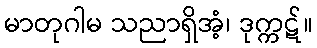
မာတုဂါမ သညာရှိအံ့၊ ဒုက္ကဋ်။